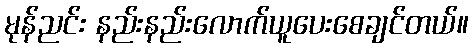
မုန်ညင်း နည်းနည်းလောက်ယူပေးစေချင်တယ်။